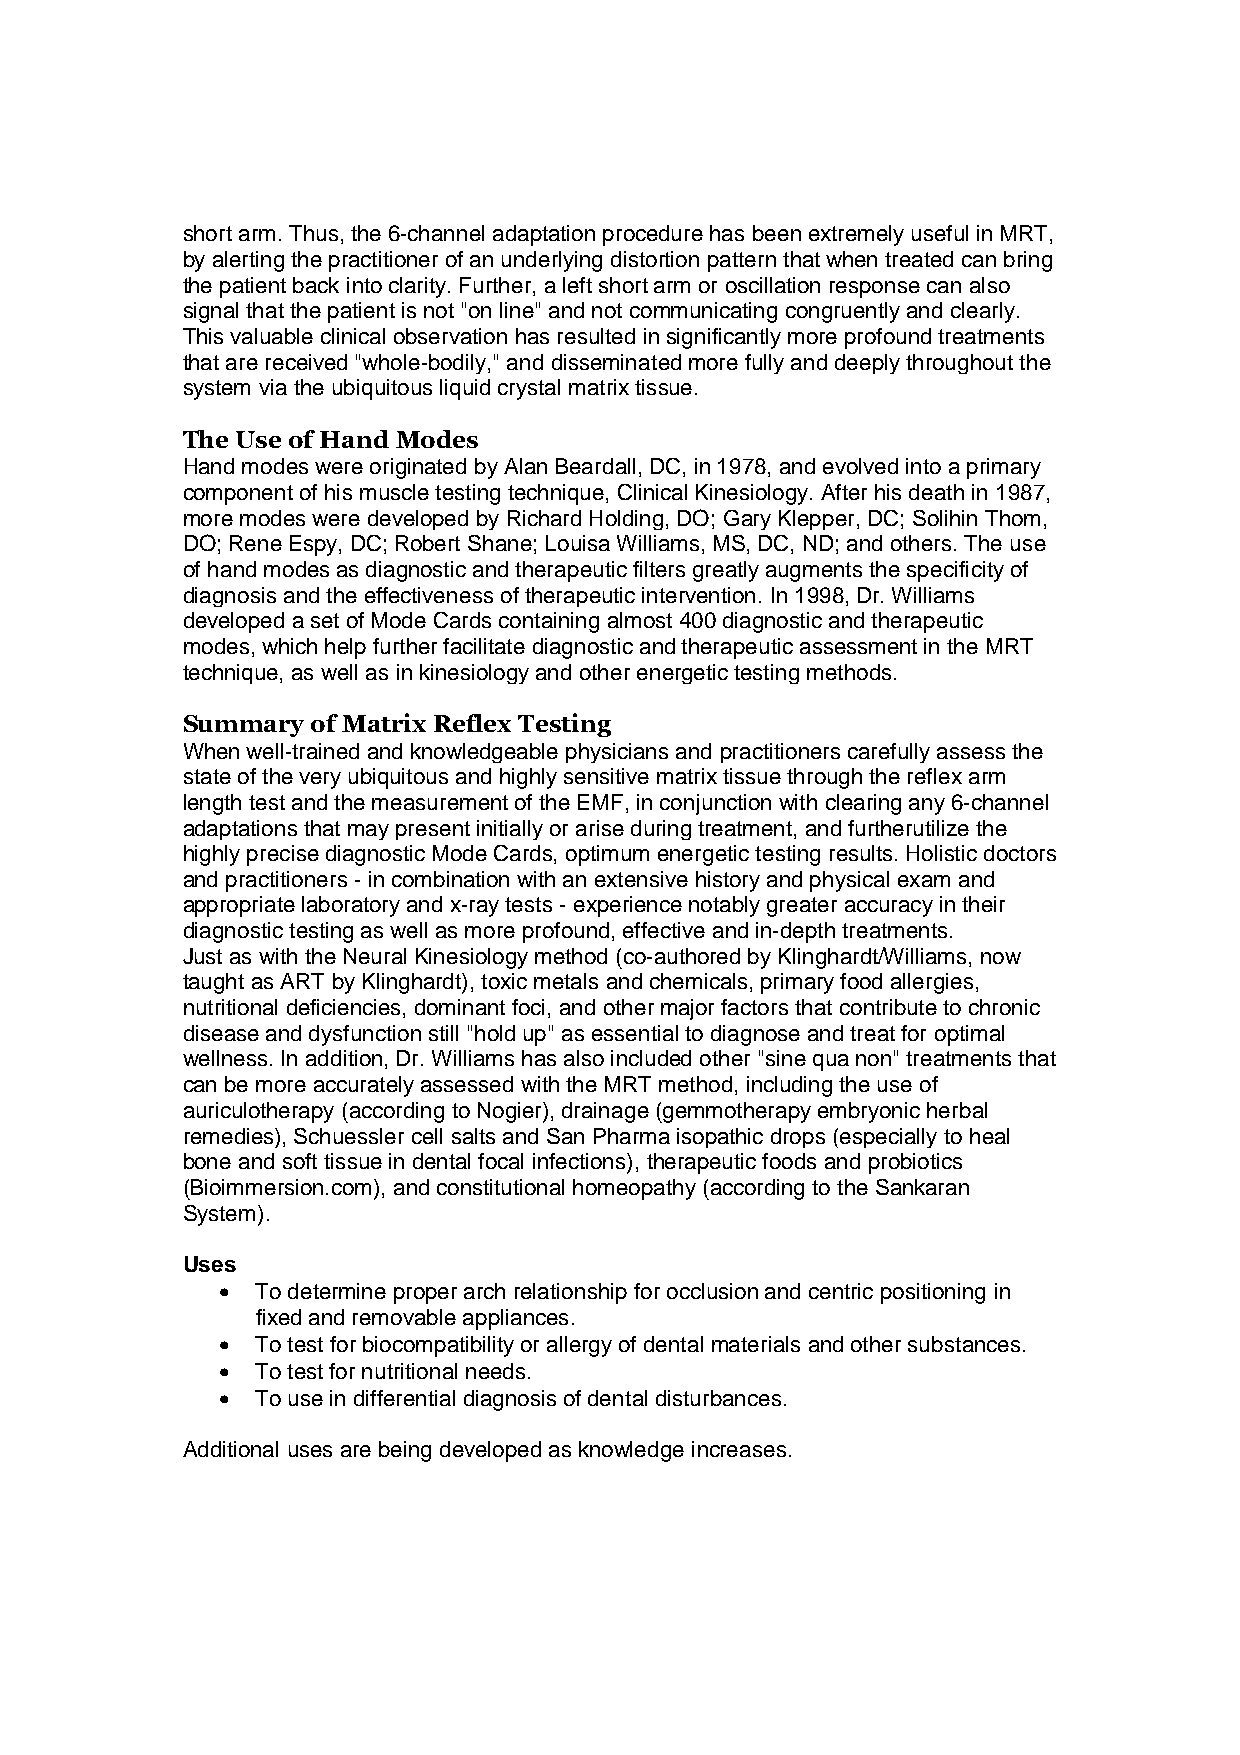
short arm. Thus, the 6-channel adaptation procedure has been extremely useful in MRT,
 by alerting the practitioner of an underlying distortion pattern that when treated can bring
 the patient back into clarity. Further, a left short arm or oscillation response can also
 signal that the patient is not "on line" and not communicating congruently and clearly.
 This valuable clinical observation has resulted in significantly more profound treatments
 that are received "whole-bodily," and disseminated more fully and deeply throughout the
 system via the ubiquitous liquid crystal matrix tissue.
 The Use of Hand Modes
 Hand modes were originated by Alan Beardall, DC, in 1978, and evolved into a primary
 component of his muscle testing technique, Clinical Kinesiology. After his death in 1987,
 more modes were developed by Richard Holding, DO; Gary Klepper, DC; Solihin Thom,
 DO; Rene Espy, DC; Robert Shane; Louisa Williams, MS, DC, ND; and others. The use
 of hand modes as diagnostic and therapeutic filters greatly augments the specificity of
 diagnosis and the effectiveness of therapeutic intervention. In 1998, Dr. Williams
 developed a set of Mode Cards containing almost 400 diagnostic and therapeutic
 modes, which help further facilitate diagnostic and therapeutic assessment in the MRT
 technique, as well as in kinesiology and other energetic testing methods.
 Summary  of Matrix Reflex Testing
 When well-trained and knowledgeable physicians and practitioners carefully assess the
 state of the very ubiquitous and highly sensitive matrix tissue through the reflex arm
 length test and the measurement of the EMF, in conjunction with clearing any 6-channel
 adaptations that may present initially or arise during treatment, and furtherutilize the
 highly precise diagnostic Mode Cards, optimum energetic testing results. Holistic doctors
 and practitioners - in combination with an extensive history and physical exam and
 appropriate laboratory and x-ray tests - experience notably greater accuracy in their
 diagnostic testing as well as more profound, effective and in-depth treatments.
 Just as with the Neural Kinesiology method (co-authored by Klinghardt/Williams, now
 taught as ART by Klinghardt), toxic metals and chemicals, primary food allergies,
 nutritional deficiencies, dominant foci, and other major factors that contribute to chronic
 disease and dysfunction still "hold up" as essential to diagnose and treat for optimal
 wellness. In addition, Dr. Williams has also included other "sine qua non" treatments that
 can be more accurately assessed with the MRT method, including the use of
 auriculotherapy (according to Nogier), drainage (gemmotherapy embryonic herbal
 remedies), Schuessler cell salts and San Pharma isopathic drops (especially to heal
 bone and soft tissue in dental focal infections), therapeutic foods and probiotics
 (Bioimmersion.com), and constitutional homeopathy (according to the Sankaran
 System).
 Uses
 •  To determine proper arch relationship for occlusion and centric positioning in
 fixed and removable appliances.
 •  To test for biocompatibility or allergy of dental materials and other substances.
 •  To test for nutritional needs.
 •  To use in differential diagnosis of dental disturbances.
 Additional uses are being developed as knowledge increases.